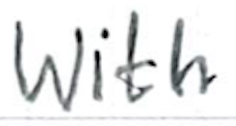
Text: with
Cross-out: clean
Writing tool: ballpoint